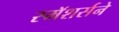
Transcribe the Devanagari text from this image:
स्मॅशर्सने